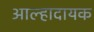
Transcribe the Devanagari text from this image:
आल्हादायक